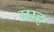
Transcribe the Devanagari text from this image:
सम्ह